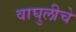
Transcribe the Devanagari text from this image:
वाघुलीचे